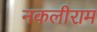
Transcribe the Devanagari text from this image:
नकलीराम